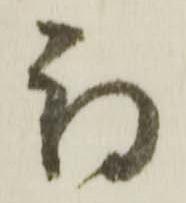
期